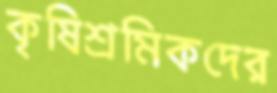
কৃষিশ্রমিকদের